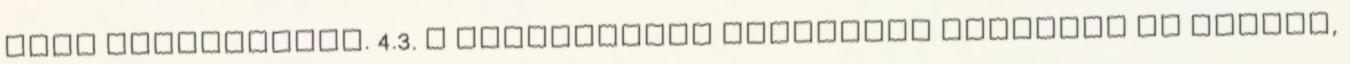
kell biztosítani. 4.3. A karbantartó szervezet legalább az alábbi,